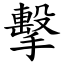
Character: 擊